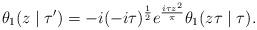
LaTeX: \begin{align*}\theta_1(z\mid \tau')=-i (-i\tau)^{\frac{1}{2}} e^{\frac{i\tau z^2}{\pi}}\theta_1(z\tau \mid \tau).\end{align*}